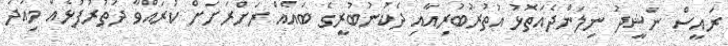
ރައީސް ނަޝީދު ނިލަންދެއަތޮޅު އުތުރުބުރިއާއި ދެކުނުބުރީގެ ބައެއް ރަށްރަށަށް ކުރައްވާ ދަތުރުފުޅެއް މިއަދު